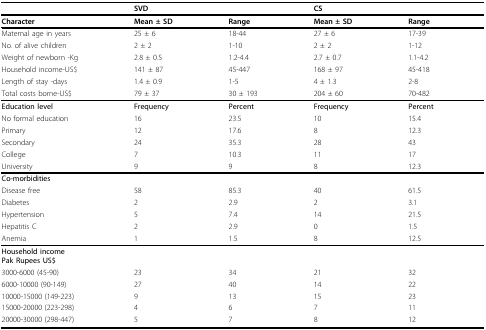
<table><thead><tr><td></td><td><b>SVD</b></td><td></td><td><b>CS</b></td><td></td></tr></thead><tbody><tr><td><b>Character</b></td><td><b>Mean ± SD</b></td><td><b>Range</b></td><td><b>Mean ± SD</b></td><td><b>Range</b></td></tr><tr><td>Maternal age in years</td><td>25 ± 6</td><td>18-44</td><td>27 ± 6</td><td>17-39</td></tr><tr><td>No. of alive children</td><td>2 ± 2</td><td>1-10</td><td>2 ± 2</td><td>1-12</td></tr><tr><td>Weight of newborn -Kg</td><td>2.8 ± 0.5</td><td>1.2-4.4</td><td>2.7 ± 0.7</td><td>1.1-4.2</td></tr><tr><td>Household income-US$</td><td>141 ± 87</td><td>45-447</td><td>168 ± 97</td><td>45-418</td></tr><tr><td>Length of stay -days</td><td>1.4 ± 0.9</td><td>1-5</td><td>4 ± 1.3</td><td>2-8</td></tr><tr><td>Total costs borne-US$</td><td>79 ± 37</td><td>30 ± 193</td><td>204 ± 60</td><td>70-482</td></tr><tr><td><b>Education level</b></td><td><b>Frequency</b></td><td><b>Percent</b></td><td><b>Frequency</b></td><td><b>Percent</b></td></tr><tr><td>No formal education</td><td>16</td><td>23.5</td><td>10</td><td>15.4</td></tr><tr><td>Primary</td><td>12</td><td>17.6</td><td>8</td><td>12.3</td></tr><tr><td>Secondary</td><td>24</td><td>35.3</td><td>28</td><td>43</td></tr><tr><td>College</td><td>7</td><td>10.3</td><td>11</td><td>17</td></tr><tr><td>University</td><td>9</td><td>9</td><td>8</td><td>12.3</td></tr><tr><td><b>Co-morbidities</b></td><td></td><td></td><td></td><td></td></tr><tr><td>Disease free</td><td>58</td><td>85.3</td><td>40</td><td>61.5</td></tr><tr><td>Diabetes</td><td>2</td><td>2.9</td><td>2</td><td>3.1</td></tr><tr><td>Hypertension</td><td>5</td><td>7.4</td><td>14</td><td>21.5</td></tr><tr><td>Hepatitis C</td><td>2</td><td>2.9</td><td>0</td><td>1.5</td></tr><tr><td>Anemia</td><td>1</td><td>1.5</td><td>8</td><td>12.5</td></tr><tr><td><b>Household income</b><b>Pak Rupees US$</b></td><td></td><td></td><td></td><td></td></tr><tr><td>3000-6000 (45-90)</td><td>23</td><td>34</td><td>21</td><td>32</td></tr><tr><td>6000-10000 (90-149)</td><td>27</td><td>40</td><td>14</td><td>22</td></tr><tr><td>10000-15000 (149-223)</td><td>9</td><td>13</td><td>15</td><td>23</td></tr><tr><td>15000-20000 (223-298)</td><td>4</td><td>6</td><td>7</td><td>11</td></tr><tr><td>20000-30000 (298-447)</td><td>5</td><td>7</td><td>8</td><td>12</td></tr></tbody></table>